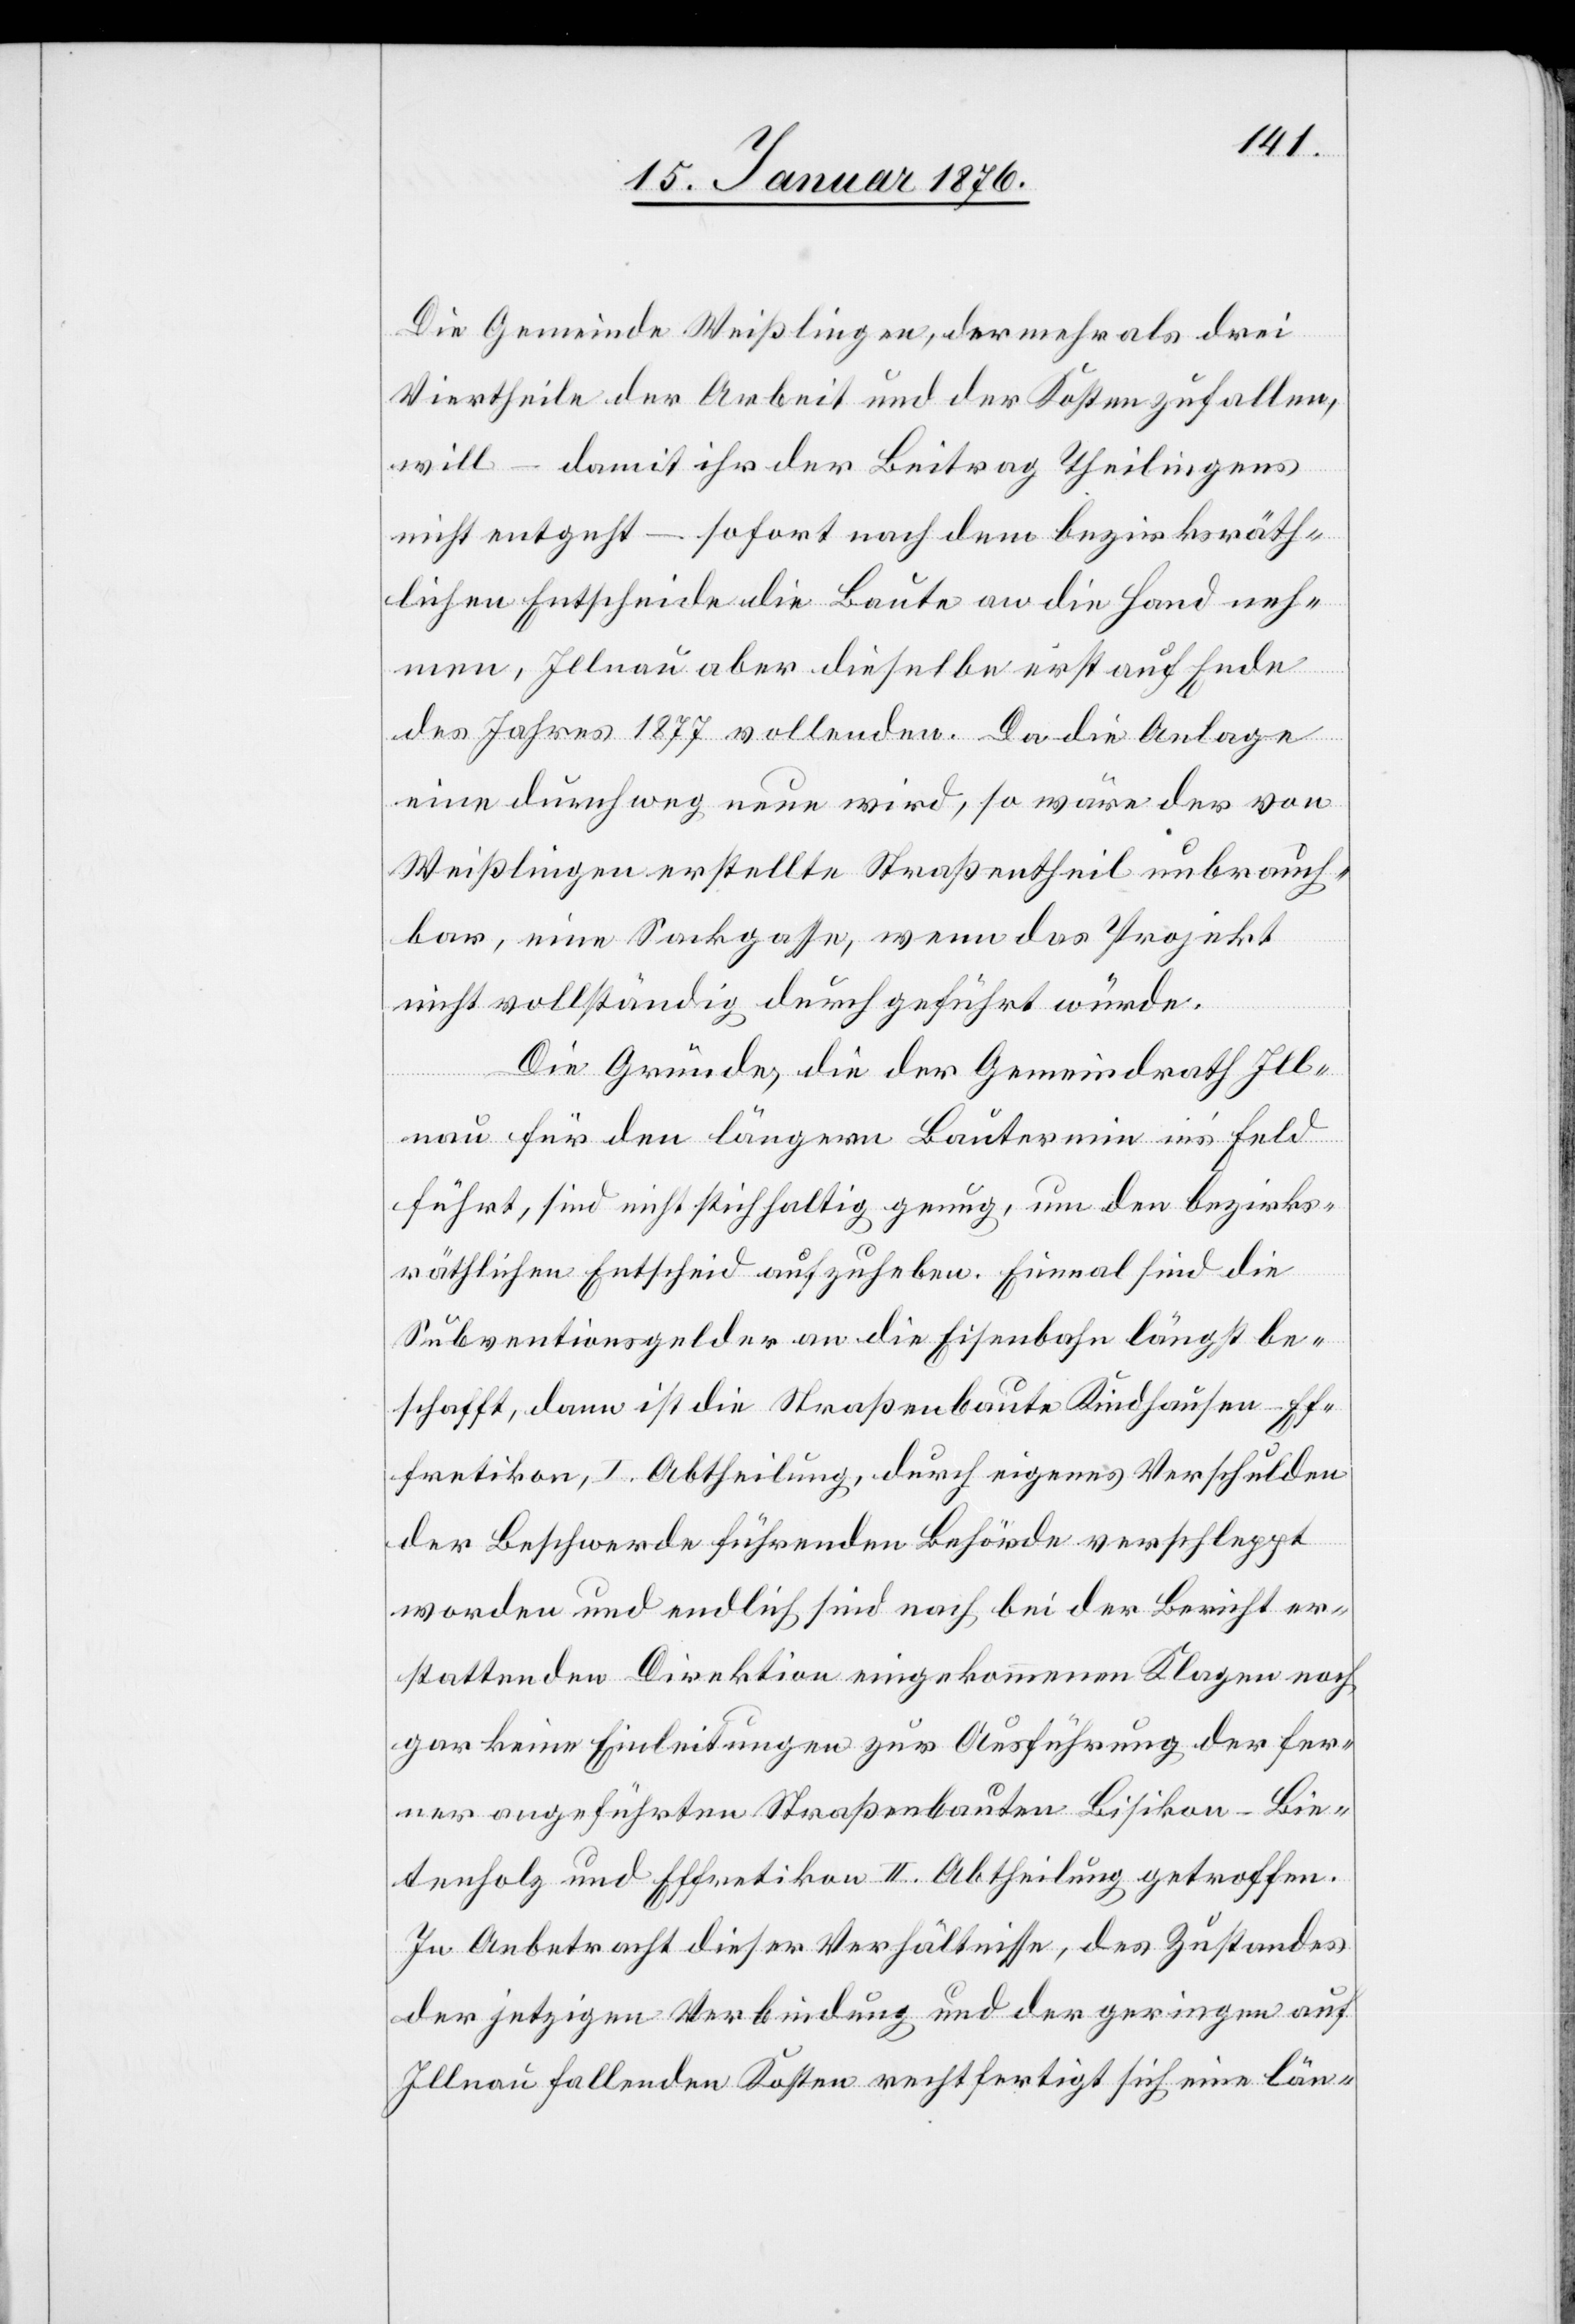
Die Gemeinde Weißlingen, der mehr als drei
Viertheile der Arbeit und der Kosten zufallen,
will – damit ihr der Beitrag Theilingens
nicht entgeht – sofort nach dem bezirksräth¬
lichen Entscheide die Baute an die Hand neh¬
men, Illnau aber dieselbe erst auf Ende
des Jahres 1877 vollenden. Da die Anlage
eine durchweg neue wird, so wäre der von
Weißlingen erstellte Straßentheil unbrauch¬
bar, eine Sackgasse, wenn das Projekt
nicht vollständig durchgeführt würde.
Die Gründe, die der Gemeindrath Ill¬
nau für den längern Bautermin in’s Feld
führt, sind nicht stichhaltig genug, um den bezirks¬
räthlichen Entscheid aufzuheben. Einmal sind die
Subventionsgelder an die Eisenbahn längst be¬
schafft, dann ist die Straßenbaute Kindhausen-Ef¬
fretikon, I. Abtheilung, durch eigenes Verschulden
der Beschwerde führenden Behörde verschleppt
worden und endlich sind nach bei der Bericht er¬
stattenden Direktion eingekommenen Klagen noch
gar keine Einleitungen zur Ausführung der fer¬
ner angeführten Straßenbauten Bisikon-Bie¬
tenholz und Effretikon II. Abtheilung getroffen.
In Anbetracht dieser Verhältnisse, des Zustandes
der jetzigen Verbindung und der geringen auf
Illnau fallenden Kosten rechtfertigt sich eine län-